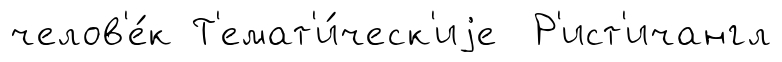
челов'е́к Т'емат'и́ческ'иjе Р'ист'ичангл